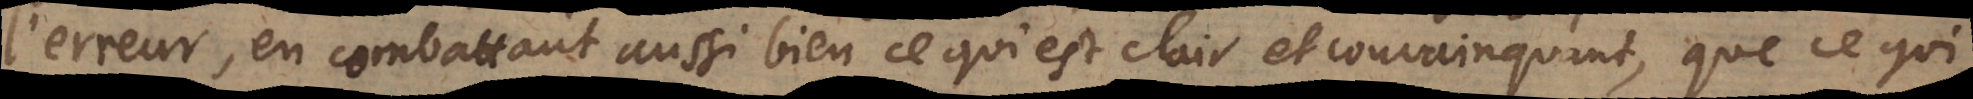
l’erreur, en combattant aussi bien ce qui est clair et convainquant, que ce qui